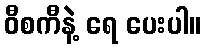
ဝီစကီနဲ့ ရေ ပေးပါ။